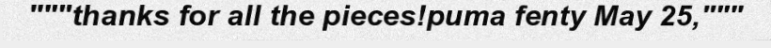
"""thanks for all the pieces!puma fenty May 25,"""